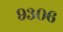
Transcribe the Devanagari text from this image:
९३०६